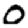
Digit: 0